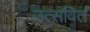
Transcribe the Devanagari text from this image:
उत्सवित